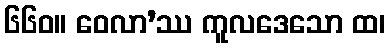
၆၆၀။ ဝေလာ’ဿ ကူလဒေသော ထ၊